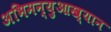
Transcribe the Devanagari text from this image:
अभिमन्युआख्यान